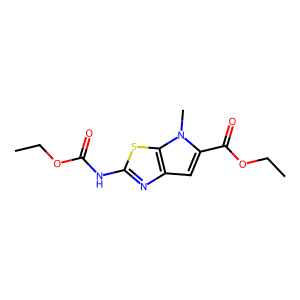
SMILES: CCOC(=O)Nc1nc2cc(C(=O)OCC)n(C)c2s1
Inhibits HIV replication: No